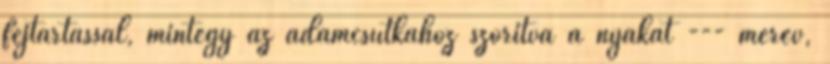
fejtartással, mintegy az ádámcsutkához szorítva a nyakát --- merev,